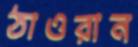
ঠাওরান